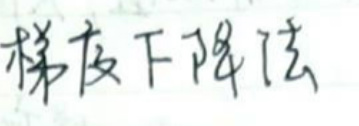
梯皮下降法